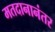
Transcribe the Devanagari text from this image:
मतदानानंतर